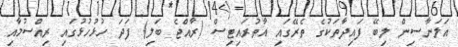
އަލަނާސިން ލިބޭ ފައިދާތަކުގެ ތެރޭގައި އާތުރައިޓިސް (ރާއްޖެ ބަލި) ފަދަ ހުޅުހުޅުގައި ރިއްސުމާއި